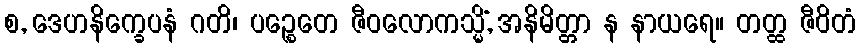
စ, ဒေဟနိက္ခေပနံ ဂတိ၊ ပဉ္စေတေ ဇီဝလောကသ္မိံ, အနိမိတ္တာ န နာယရေ။ တတ္ထ ဇီဝိတံ